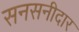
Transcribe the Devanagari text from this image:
सनसनीदार